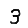
Digit: 3